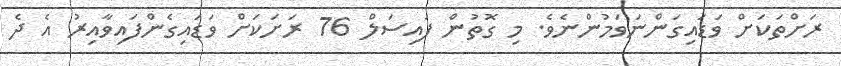
ރަށްތަކަށް ވަޑައިގަންނަވަމުންނެވެ. މި ގޮތުން ފައިސަލް 76 ރަށަކަށް ވަޑައިގެންފައިވާއިރު އެ ދެ